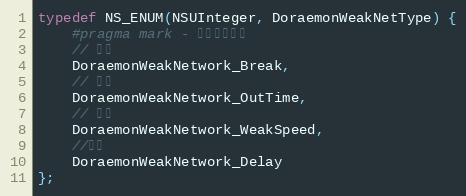
Language: C
typedef NS_ENUM(NSUInteger, DoraemonWeakNetType) {
    #pragma mark - 弱网选项对应
    // 断网
    DoraemonWeakNetwork_Break,
    // 超时
    DoraemonWeakNetwork_OutTime,
    // 限网
    DoraemonWeakNetwork_WeakSpeed,
    //延时
    DoraemonWeakNetwork_Delay
};